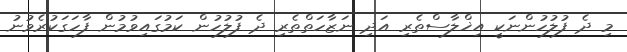
މި ދެ ފުލުހުންނަކީ އިޚްލާސްތެރި އަދި ނަޒާހަތްތެރި ދެ ފުލުހުން ކަމުގައިވުމުން ފާހަގަކުރެވުނު